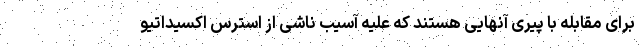
برای مقابله با پیری آنهایی هستند که علیه آسیب ناشی از استرس اکسیداتیو